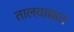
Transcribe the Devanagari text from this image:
तालवाद्यात